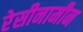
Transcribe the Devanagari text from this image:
रेसीनामीन